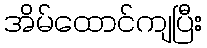
အိမ်ထောင်ကျပြီး